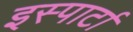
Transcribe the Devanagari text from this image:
इस्पार्टा